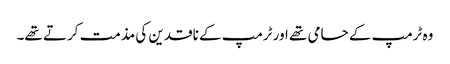
وہ ٹرمپ کے حامی تھے اور ٹرمپ کے ناقدین کی مذمت کرتے تھے۔